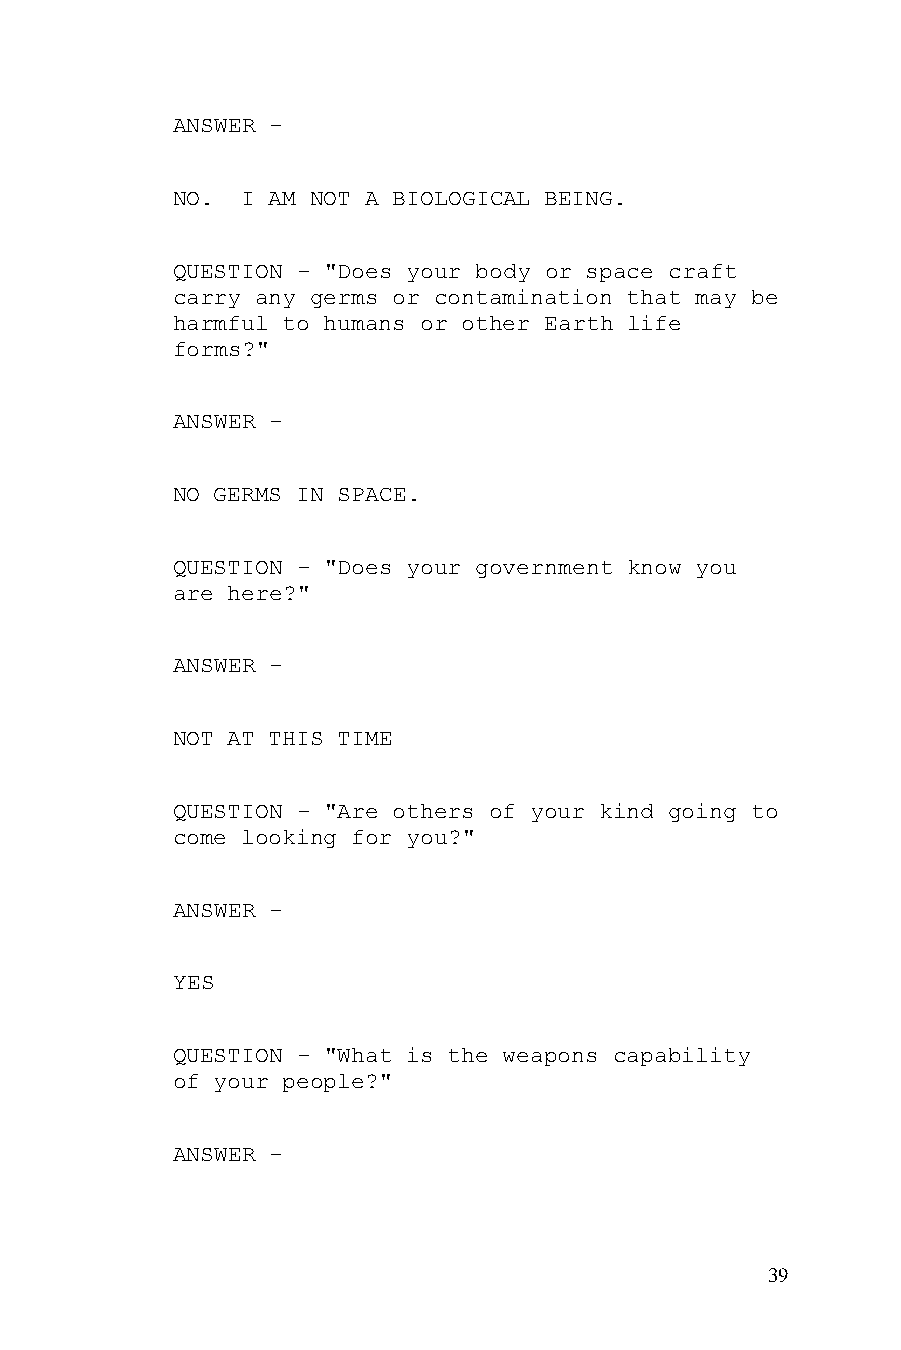
ANSWER -
 NO.  I AM NOT A BIOLOGICAL BEING.
 QUESTION - "Does your body or space craft
 carry any germs or contamination that may be
 harmful to humans or other Earth life
 forms?"
 ANSWER -
 NO GERMS IN SPACE.
 QUESTION - "Does your government know you
 are here?"
 ANSWER -
 NOT AT THIS TIME
 QUESTION - "Are others of your kind going to
 come looking for you?"
 ANSWER -
 YES
 QUESTION - "What is the weapons capability
 of your people?"
 ANSWER -
 39